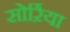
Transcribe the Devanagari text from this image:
सोर्ऱिया